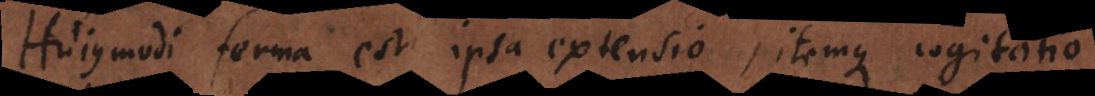
Hujusmodi forma est ipsa extensio, itemque cogitatio.